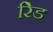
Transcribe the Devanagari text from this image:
रेिड